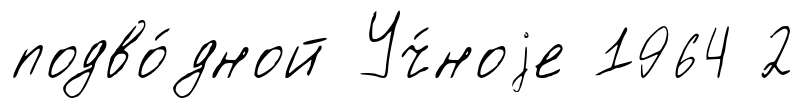
подво́дной Уч́ноjе 1964 2